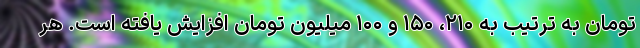
تومان به ترتیب به ۲۱۰، ۱۵۰ و ۱۰۰ میلیون تومان افزایش یافته است. هر